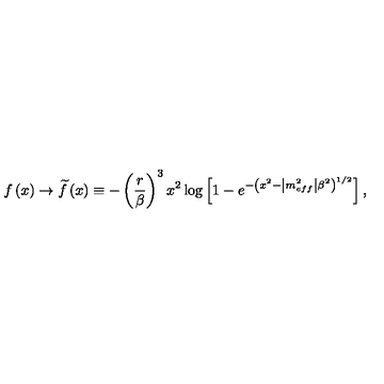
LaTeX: f \left( x \right) \rightarrow \widetilde { f } \left( x \right) \equiv - \left( \frac { r } { \beta } \right) ^ { 3 } x ^ { 2 } \log \left[ 1 - e ^ { - \left( x ^ { 2 } - \left| m _ { e f f } ^ { 2 } \right| \beta ^ { 2 } \right) ^ { 1 / 2 } } \right] ,